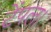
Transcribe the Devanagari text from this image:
टेंपल।